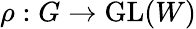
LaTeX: \rho:G\to{\mathrm{GL}}(W)